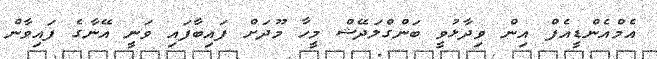
އެމްއެންޑީއެފް އިން ވިދާޅުވީ ބަންގްލަދޭޝް މީހާ މޫދަށް ފައިބާފައި ވަނީ އޭނާގެ ފައިވާން